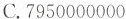
C. 7950000000